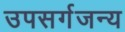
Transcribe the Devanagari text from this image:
उपसर्गजन्य